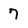
Character: 7